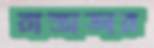
রাস্তাডার